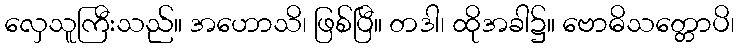
လှေသူကြီးသည်။ အဟောသိ၊ ဖြစ်ပြီ။ တဒါ၊ ထိုအခါ၌။ ဗောဓိသတ္တောပိ၊